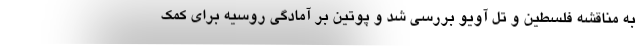
به مناقشه فلسطین و تل آویو بررسی شد و پوتین بر آمادگی روسیه برای کمک